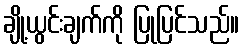
ချို့ယွင်းချက်ကို ပြုပြင်သည်။